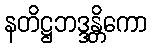
နတိဋ္ဌဘဒ္ဒန္တိကော